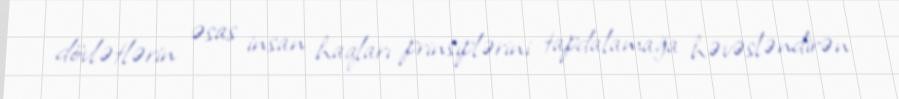
dövlətlərin əsas insan haqları prinsiplərini tapdalamağa həvəsləndirən